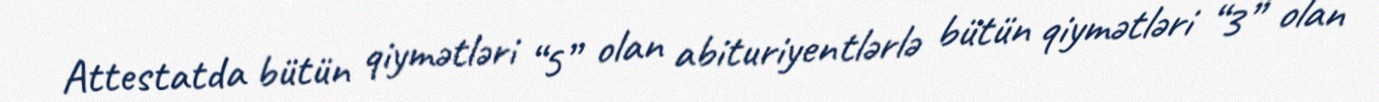
Attestatda bütün qiymətləri “5” olan abituriyentlərlə bütün qiymətləri “3” olan